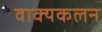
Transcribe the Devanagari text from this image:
वाक्यकलन